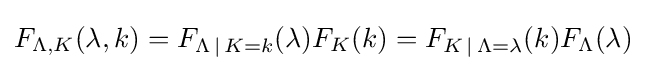
F_{\Lambda ,K}(\lambda ,k)=F_{\Lambda \,\mid \,K=k}(\lambda )F_{K}(k)=F_{K\,\mid \,\Lambda =\lambda }(k)F_{\Lambda }(\lambda )